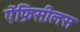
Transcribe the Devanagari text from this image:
ऐंफ़िसीलस